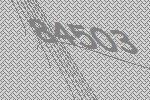
84503